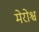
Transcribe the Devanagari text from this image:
मेरोश्च